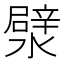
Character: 㵨